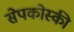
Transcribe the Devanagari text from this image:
सेपकोस्की